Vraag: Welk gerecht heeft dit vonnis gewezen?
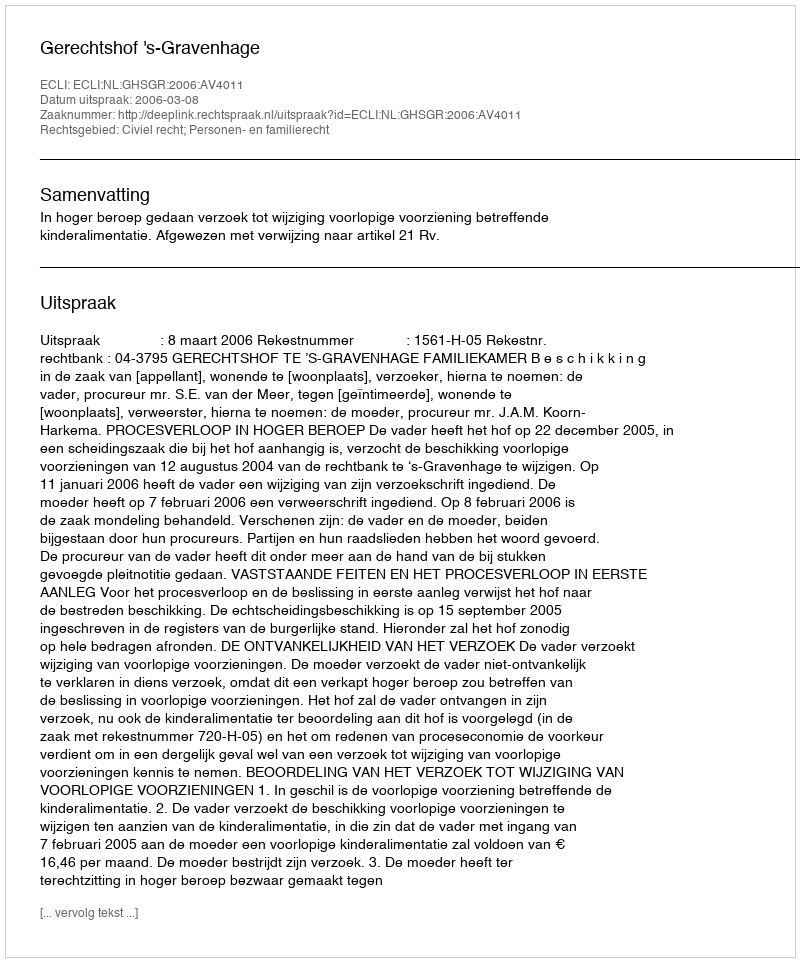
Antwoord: Gerechtshof 's-Gravenhage